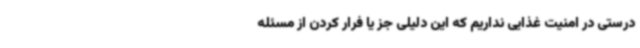
درستی در امنیت غذایی نداریم که این دلیلی جز یا فرار کردن از مسئله